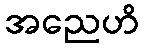
အညေဟိ